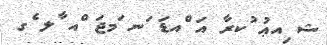
ޝ ިއޢު ުކރާ އަ ްއޑަ ަނ ަމޖަ ްއ ާލ ެގ